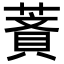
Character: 𦹺